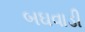
બઘવાડી